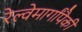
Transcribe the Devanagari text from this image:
रेल्वेमार्गांपैकी